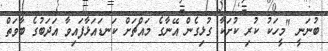
ބުނަނީ "މީހަކު ކުރި ކުށަކާ ގުޅިގެން އޭނާގެ މައްޗަށް ކަނޑައަޅާފައިވާ އަދަބުގެ ބާވަތް